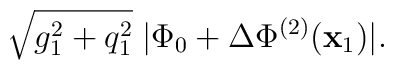
\sqrt{g_1^2 + q_1^2}\;|\Phi_0 +  \Delta\Phi^{(2)}({\bf x}_1) | .